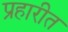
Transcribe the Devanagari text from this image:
प्रहारीत